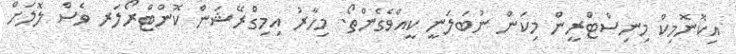
އިކޮނޮމިކް މިނިސްޓްރީން މިކަން ނުބަލަނީ ކީއްވެގެންތޯ. މިހާރު އިމިގްރޭޝަން ކޮންޓްރޯލަރ ވެސް ލޮލަށް